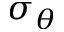
\sigma _ { \theta }